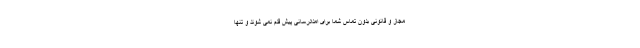
مجاز و قانونی بدون تماس شما برای امدادرسانی پیش قدم نمی شوند و تنها